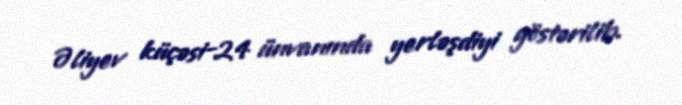
Əliyev küçəsi-24 ünvanında yerləşdiyi göstərilib.